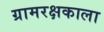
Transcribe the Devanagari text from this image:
ग्रामरक्षकाला